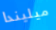
ميليندا